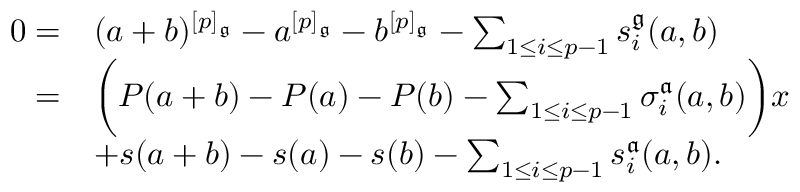
\begin{array} { r l } { 0 = } & { ( a + b ) ^ { [ p ] _ { \mathfrak { g } } } - a ^ { [ p ] _ { \mathfrak { g } } } - b ^ { [ p ] _ { \mathfrak { g } } } - \sum _ { 1 \leq i \leq p - 1 } s _ { i } ^ { \mathfrak { g } } ( a , b ) } \\ { = } & { \bigg ( P ( a + b ) - P ( a ) - P ( b ) - \sum _ { 1 \leq i \leq p - 1 } \sigma _ { i } ^ { \mathfrak { a } } ( a , b ) \bigg ) x } \\ & { + s ( a + b ) - s ( a ) - s ( b ) - \sum _ { 1 \leq i \leq p - 1 } s _ { i } ^ { \mathfrak { a } } ( a , b ) . } \end{array}